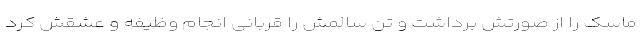
ماسک را از صورتش برداشت و تن سالمش را قربانی انجام وظیفه و عشقش کرد